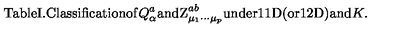
\mathrm { T a b l e I . C l a s s i f i c a t i o n o f } Q _ { \alpha } ^ { a } \mathrm { a n d Z } _ { \mu _ { 1 } \cdots \mu _ { p } } ^ { a b } \mathrm { u n d e r 1 1 D ( o r 1 2 D ) a n d } K \mathrm { . }